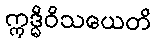
ဣဒ္ဓိဝိသယေတိ